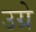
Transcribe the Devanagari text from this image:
उग्रे